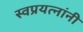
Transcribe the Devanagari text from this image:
स्वप्रयत्‍नांनी